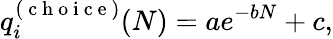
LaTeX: q_{i}^{(\mathrm{~c~h~o~i~c~e~})}(N)=ae^{-bN}+c,